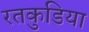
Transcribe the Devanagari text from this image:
रतकुडिया